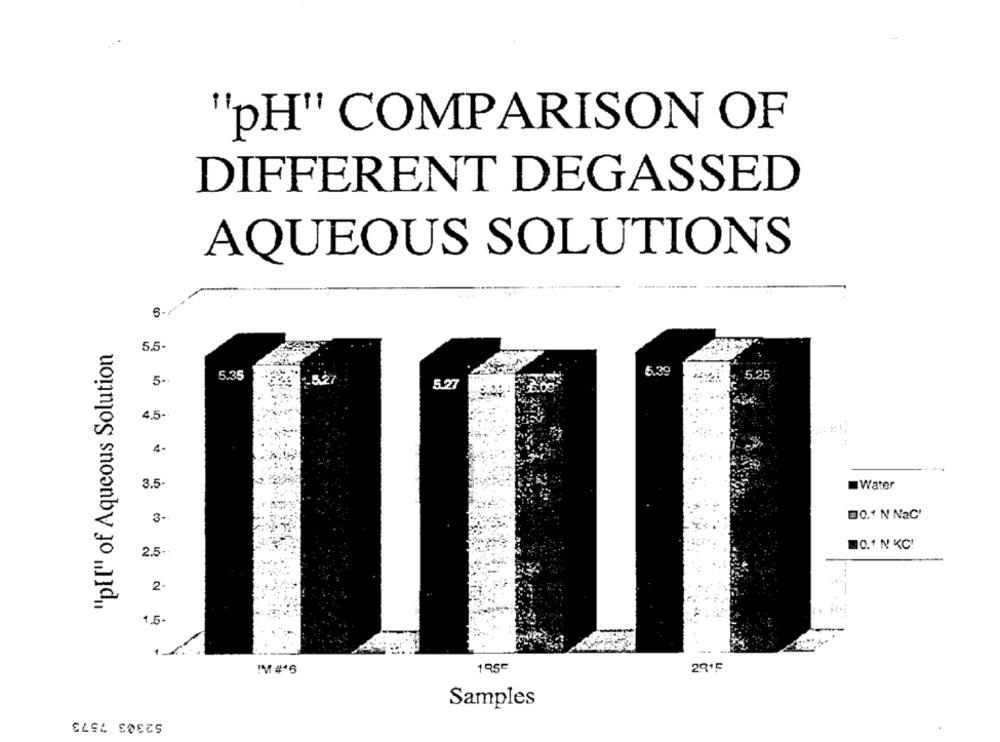
"pH" COMPARISON OF
DIFFERENT DEGASSED
AQUEOUS SOLUTIONS
"p[[" of Aqueous Solution
5.5-
5.39
5.25
5.25
5-
5.27
4.5-
3.5
Water
3-
0." N NaC'
O.1 N KC!
2.5
2-
1.5-
IM #6
Samples
52303 7573